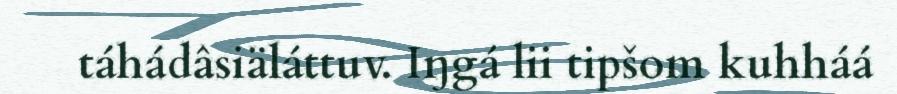
táhádâsiäláttuv. Iŋgá lii tipšom kuhháá